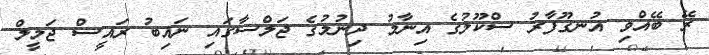
ރޭ ބޭއްވި އުނގޫފާރު ސްކޫލުގެ އިނާމު ދިނުމުގެ ޖަލްސާގައި ނައިބު ރައީސް ޖަމީލް